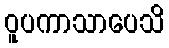
ဝူပကာသာပေသိ